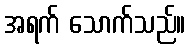
အရက် သောက်သည်။